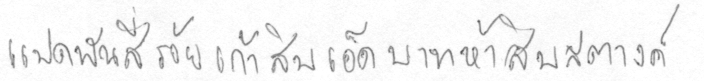
แปดพันสี่ร้อยเก้าสิบเอ็ดบาทห้าสิบสตางค์